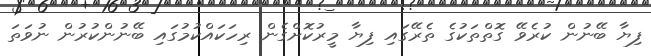
ފިޔާ ބޭނުން ކުރެވޭ ގޮތްތަކުގެ ތެރޭގައި ފިޔާ މީރުކޮށްގެން ރިހަކައްކުމުގައި ބޭނުންކުރުން ނުވަތަ